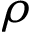
\rho